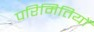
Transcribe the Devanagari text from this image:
परिमितियों